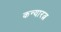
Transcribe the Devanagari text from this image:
कन्यारत्न